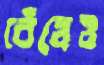
বেঁধেও